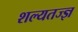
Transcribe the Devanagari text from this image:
शल्यतज्‍ज्ञ